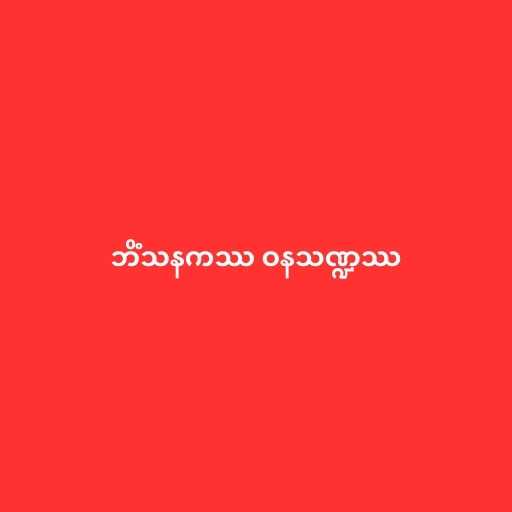
ဘိံသနကဿ ဝနသဏ္ဍဿ